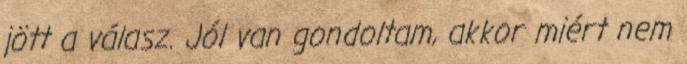
jött a válasz. Jól van gondoltam, akkor miért nem